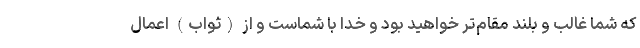
که شما غالب و بلند مقام‌تر خواهید بود و خدا با شماست و از (ثواب) اعمال